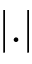
| . |